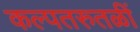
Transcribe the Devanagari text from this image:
कल्पतरुतळीं